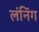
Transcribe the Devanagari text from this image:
लंनिंग